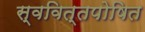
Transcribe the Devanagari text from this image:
स्‍ववित्‍तपोषित